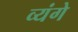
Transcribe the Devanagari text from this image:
व्यंगे